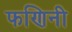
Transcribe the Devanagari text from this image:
फणिनी